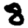
Digit: 8